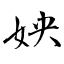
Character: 姎